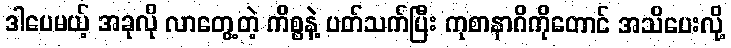
ဒါပေမယ့် အခုလို လာတွေ့တဲ့ ကိစ္စနဲ့ ပတ်သက်ပြီး ကုစာနာဂိကိုတောင် အသိပေးလို့